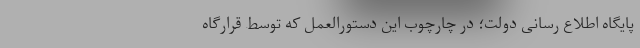
پایگاه اطلاع رسانی دولت؛ در چارچوب این دستورالعمل که توسط قرارگاه